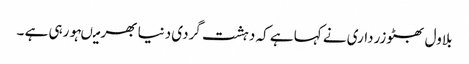
بلاول بھٹوزرداری نے کہا ہے کہ دہشت گردی دنیا بھر میںہورہی ہے ۔